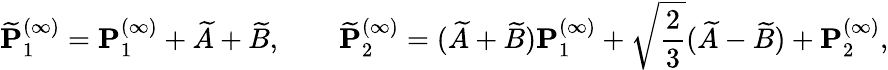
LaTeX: \widetilde{\mathbf{P}}_{1}^{(\infty)}=\mathbf{P}_{1}^{(\infty)}+\widetilde{A}+\widetilde{B},\qquad\widetilde{\mathbf{P}}_{2}^{(\infty)}=(\widetilde{A}+\widetilde{B})\mathbf{P}_{1}^{(\infty)}+\sqrt{\frac{2}{3}}(\widetilde{A}-\widetilde{B})+\mathbf{P}_{2}^{(\infty)},